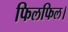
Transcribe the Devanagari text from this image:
फिलफिल।